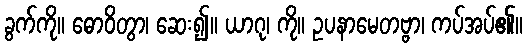
ခွက်ကို။ ဓောဝိတွာ၊ ဆေး၍။ ယာဂု၊ ကို။ ဥပနာမေတဗ္ဗာ၊ ကပ်အပ်၏။